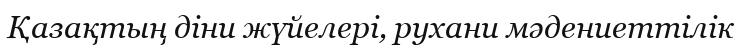
Қазақтың діни жүйелері, рухани мәдениеттілік